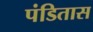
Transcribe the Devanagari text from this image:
पंडितास